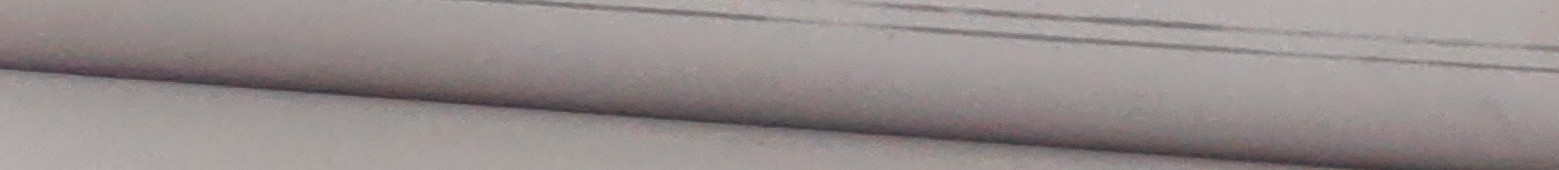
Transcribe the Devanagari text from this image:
आदिवासी कारमाई